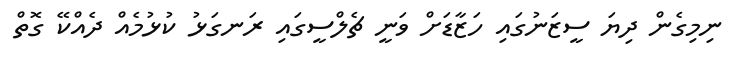
ނިމިގެން ދިޔަ ސީޒަނުގައި ހަޒާޑަށް ވަނީ ޗެލްސީގައި ރަނގަޅު ކުޅުމެއް ދެއްކޭ ގޮތް